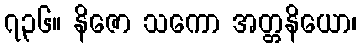
၇၃၆။ နိဇော သကော အတ္တနိယော၊